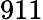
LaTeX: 911